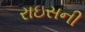
રાઇસની